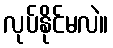
လုပ်နိုင်မလဲ။